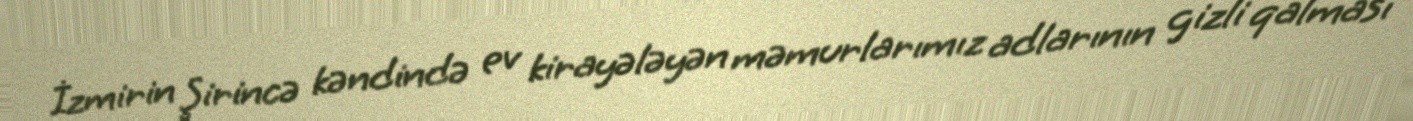
İzmirin Şirincə kəndində ev kirayələyən məmurlarımız adlarının gizli qalması